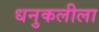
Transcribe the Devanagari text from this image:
धनुकलीला